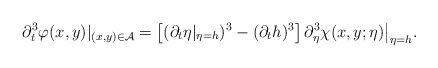
\begin{align*}\partial_t^3\varphi(x,y)|_{(x,y)\in\mathcal{A}}=\left[(\partial_t\eta|_{\eta=h})^3-(\partial_t h)^3\right]\partial_\eta^3 \chi(x,y;\eta)\big|_{\eta=h}.\end{align*}